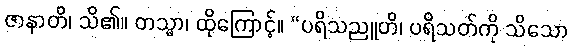
ဇာနာတိ၊ သိ၏။ တသ္မာ၊ ထိုကြောင့်။ “ပရိသညူတိ၊ ပရိသတ်ကို သိသော